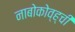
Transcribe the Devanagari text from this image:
नाबोकोव्ह्ची